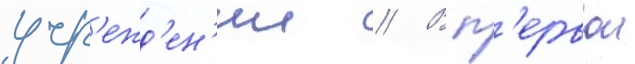
учр'ежд'ен'ии // В п'ервои